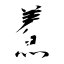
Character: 鮺